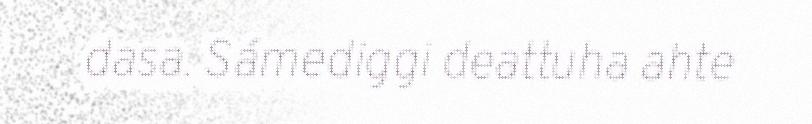
dasa. Sámediggi deattuha ahte